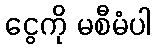
ငွေကို မစီမံပါ